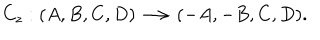
LaTeX: C _ { z } : ( A , B , C , D ) \longrightarrow ( - A , - B , C , D ) .